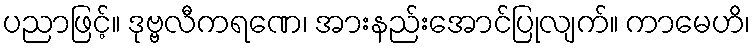
ပညာဖြင့်။ ဒုဗ္ဗလီကရဏေ၊ အားနည်းအောင်ပြုလျက်။ ကာမေဟိ၊